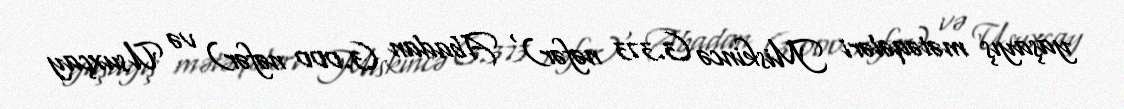
yaşayış mətəqələri Miskincə (3.373 nəfər) , Abadan (3.000 nəfər) və Usuxçay